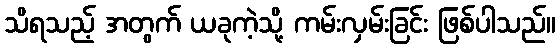
သိရသည့် အတွက် ယခုကဲ့သို့ ကမ်းလှမ်းခြင်း ဖြစ်ပါသည်။